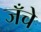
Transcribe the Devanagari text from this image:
जँचे